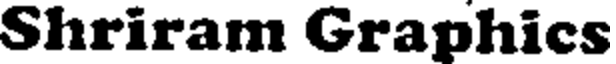
Shriram Graphics